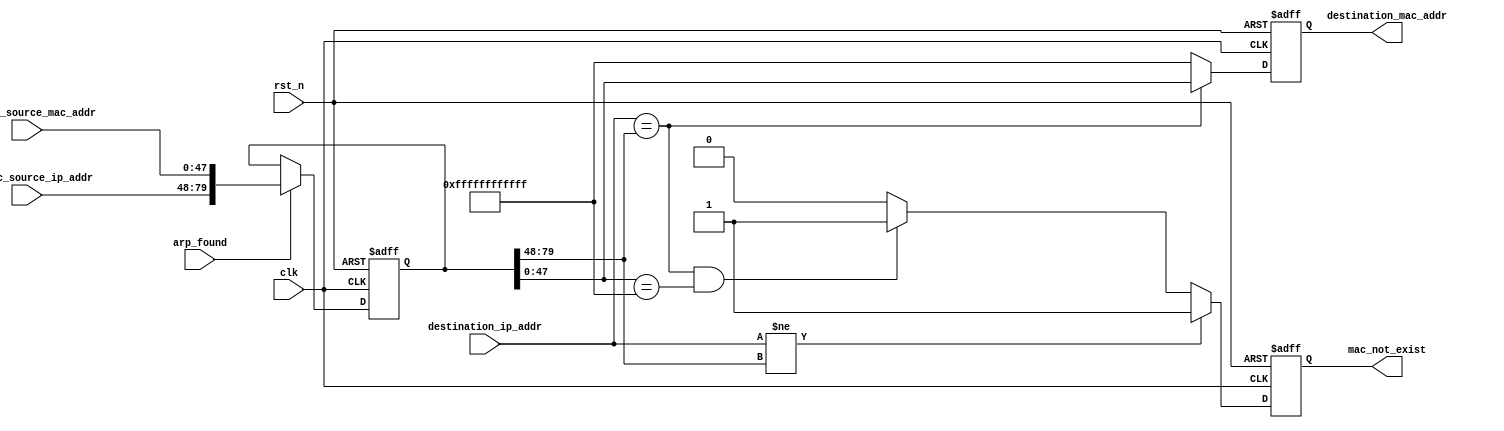
module arp_cache
       (
         input                clk ,
         input                rst_n ,
         
         input                arp_found,
         input  [31:0]        arp_rec_source_ip_addr,
         input  [47:0]        arp_rec_source_mac_addr,
         
         input  [31:0]        destination_ip_addr,
         output reg [47:0]    destination_mac_addr,
         
         output reg           mac_not_exist
       ) ;
       
reg [79:0]  arp_cache ;

//init arp cache
always @(posedge clk or negedge rst_n)
  begin
    if (~rst_n)
      arp_cache  <= 80'h00_00_00_00_ff_ff_ff_ff_ff_ff ;
    else if (arp_found)
      arp_cache  <= {arp_rec_source_ip_addr, arp_rec_source_mac_addr} ;
    else
      arp_cache  <= arp_cache ;
  end
  
always @(posedge clk or negedge rst_n)
  begin
    if (~rst_n)
      destination_mac_addr  <= 48'hff_ff_ff_ff_ff_ff ;
    else if (destination_ip_addr == arp_cache[79:48])
      destination_mac_addr  <= arp_cache[47:0] ;
    else
      destination_mac_addr  <= 48'hff_ff_ff_ff_ff_ff ;
  end
  
always @(posedge clk or negedge rst_n)
  begin
    if (~rst_n)
      mac_not_exist  <= 1'b0 ;
    else if (destination_ip_addr != arp_cache[79:48])
      mac_not_exist  <= 1'b1 ;
    else if (destination_ip_addr == arp_cache[79:48] && arp_cache[47:0] == 48'hff_ff_ff_ff_ff_ff)
      mac_not_exist  <= 1'b1 ;
    else
      mac_not_exist  <= 1'b0 ;
  end
  
endmodule